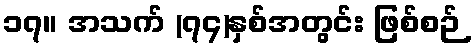
၁၇။ အသက် (၇၄)နှစ်အတွင်း ဖြစ်စဉ်